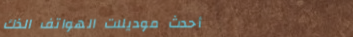
أحدث موديلات الهواتف الذك